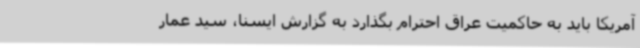
آمریکا باید به حاکمیت عراق احترام بگذارد به گزارش ایسنا، سید عمار